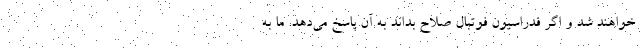
خواهند شد و اگر فدراسیون فوتبال صلاح بداند به آن پاسخ می‌دهد. ما به